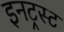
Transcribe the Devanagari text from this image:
इनट्रस्ट